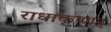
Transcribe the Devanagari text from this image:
राधाकृष्णन्‌